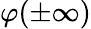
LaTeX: \varphi(\pm\infty)